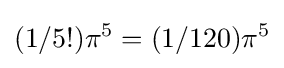
(1/5!)\pi ^{5}=(1/120)\pi ^{5}